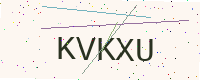
Text: KVKXU